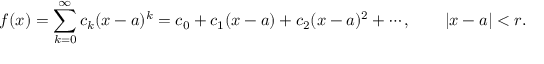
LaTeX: f ( x ) = \sum _ { k = 0 } ^ { \infty } c _ { k } ( x - a ) ^ { k } = c _ { 0 } + c _ { 1 } ( x - a ) + c _ { 2 } ( x - a ) ^ { 2 } + \cdots , \qquad | x - a | < r .